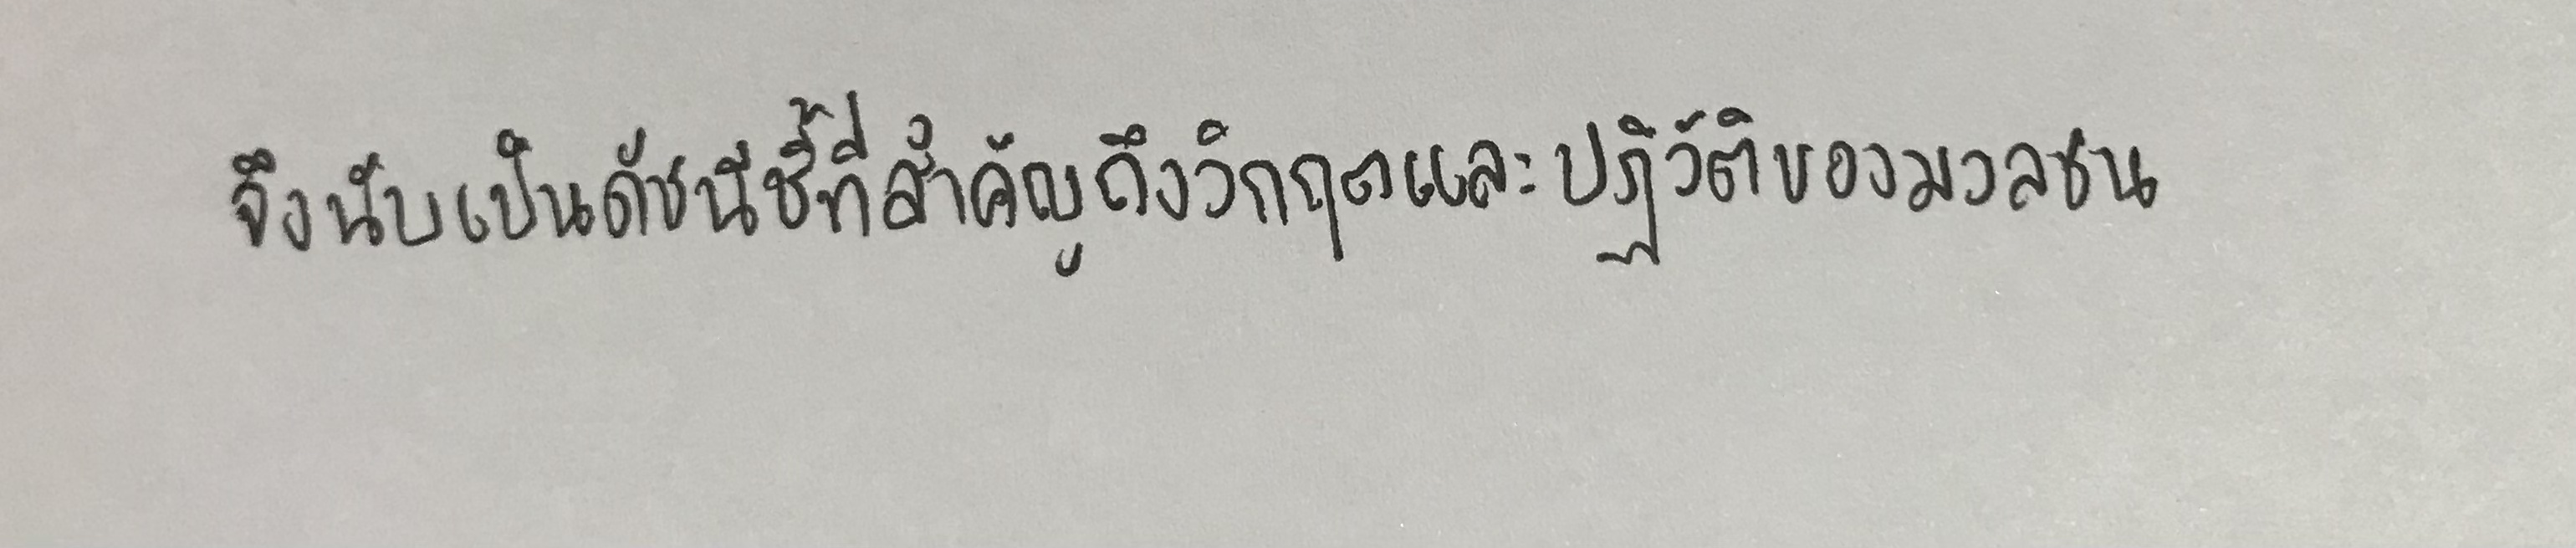
จึงนับเป็นดัชนีชี้ที่สำคัญถึงวิกฤตและการปฏิวัติของมวลชน